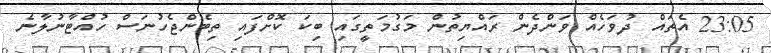
23:05 އެތައް ދުވަހެއް ވަންދެން ރައްޔިތުން މަގުމަތީގައި ބިކަ ކޮށްފައި ތިބެންޖެހުނަސް ހުއްޓާނުލާނެ